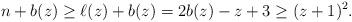
LaTeX: \begin{align*}n + b(z) \ge \ell(z) + b(z) = 2b(z) - z + 3 \ge (z+1)^2.\end{align*}